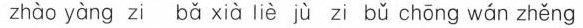
zhào yàng zi bǎ xià liè jù zi bǔ chōng wán zhěng